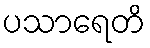
ပသာရေတိ